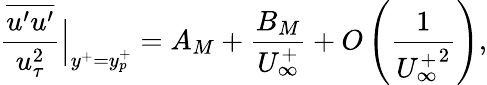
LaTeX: \frac{\overline{{u^{\prime}u^{\prime}}}}{u_{\tau}^{2}}\Big|_{y^{+}=y_{p}^{+}}=A_{M}+\frac{B_{M}}{U_{\infty}^{+}}+O\left(\frac{1}{{U_{\infty}^{+}}^{2}}\right),